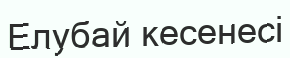
Елубай кесенесі